Scottish Leaving Certificate Examination, 1958
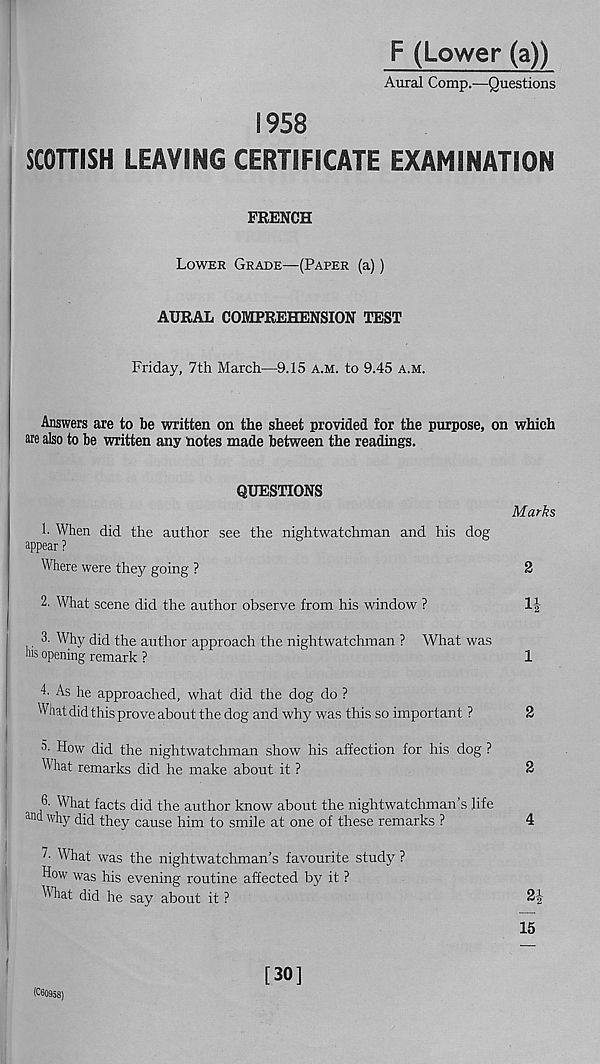
F (Lower (a))
Aural Comp.—Questions
1958
SCOTTISH LEAVING CERTIFICATE EXAMINATION
FRENCH
Lower Grade—(Paper (a))
AURAL COMPREHENSION TEST
Friday, 7th March—9.15 a.m. to 9.45 a.m.
Answers are to be written on the sheet provided for the purpose, on which
are also to be written any notes made between the readings.
QUESTIONS
1. When did the author see the nightwatchman and his dog
appear ?
Where were they going ?
2. What scene did the author observe from his window ?
Marks
2
11-
3. Why did the author approach the nightwatchman ? What was
ms opening remark ?
1
4. As he approached, what did the dog do ?
What did this prove about the dog and why was this so important ?
2
3. How did the nightwatchman show his affection for his dog ?
What remarks did he make about it ?
2
6. What facts did the author know about the nightwatchman’s life
a na w hy did they cause him to smile at one of these remarks ?
4
7- What was the nightwatchman’s favourite study ?
How was his evening routine affected by it ?
What did he say about it ?
2J
15
[30]